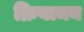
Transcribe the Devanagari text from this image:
क्रियामन